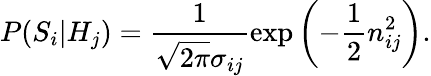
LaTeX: P(S_{i}|H_{j})=\frac{1}{\sqrt{2\pi}\sigma_{ij}}\exp\left(-\frac{1}{2}n_{ij}^{2}\right).